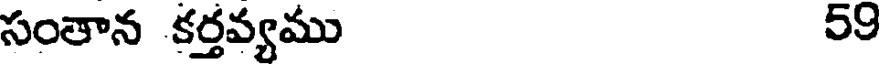
సంతాన కర్తవ్యము 59